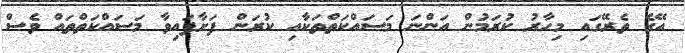
އޭގެ ތެރޭގައި މިހާރު ކުރަމުން އަންނަ މަސައްކަތްތަކާއި ކުރަން ފަށާފައިވާ މަސައްކަތްތައް ވެސް